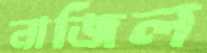
নাজিল